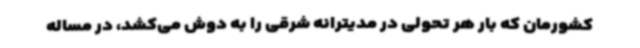
کشورمان که بار هر تحولی در مدیترانه شرقی را به دوش می‌کشد، در مساله